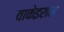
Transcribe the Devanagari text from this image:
वाकेइरास